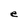
Character: e